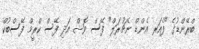
ބްރޭންޑުގެ "ފެއަރ އެންޑް ނެޗުރަލް" ފޭސް ވޮޝް އަދި ފޭސް ކްރީމް ފޭސްބުކް